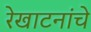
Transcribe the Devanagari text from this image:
रेखाटनांचे